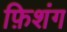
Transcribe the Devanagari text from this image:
फ़िशंग